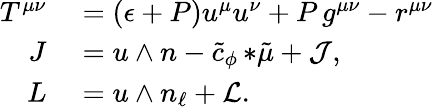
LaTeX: \begin{array}{rl}{T^{\mu\nu}}&{{}=(\epsilon+P)u^{\mu}u^{\nu}+P\, g^{\mu\nu}-r^{\mu\nu}}\\ {J}&{{}=u\wedge n-\tilde{c}_{\phi}\, {*\tilde{\mu}}+{\cal J},}\\ {L}&{{}=u\wedge n_{\ell}+{\cal L}.}\end{array}